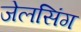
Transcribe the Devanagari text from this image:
जेलसिंग